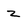
Character: Z